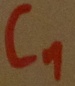
Text: C1